Lunatic asylums Madras 1877-1891 - 1877-1891
Year: 1877
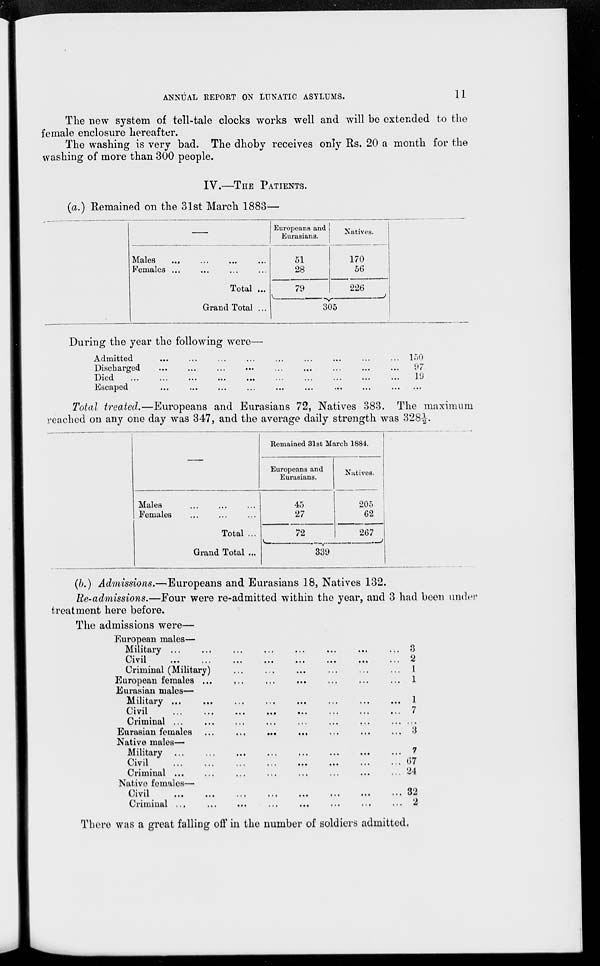
ANNUAL REPORT ON LUNATIC ASYLUMS.
11
The new system of tell-tale clocks works well and will be extended to the
female enclosure hereafter.
The washing is very bad. The dhoby receives only Rs. 20 a month for the
washing of more than 300 people.
IV.—THE PATIENTS.
(a.) Remained on the 31st March 1883—
—
Males
...
Females ...
Total ...
Grand Total ...
Europeans and
Eurasians.
51
28
79
Natives.
170
56
226
305
During the year the following were—
Admitted ... ... ... ... ... ... ...
Discharged
...
...
...
...
... ... ... ...
Died ... ... ... ... ... ... ... ...
Escaped
...
...
...
...
...
...
...
...
150
97
19
...
Total treated.—Europeans and Eurasians 72, Natives 383. The maximum
reached on any one day was 347, and the average daily strength was 328 ½.
—
Males
...
...
...
Females... ... ...
Total ...
Grand Total ...
Remained 31st March 1884.
Europeans and
Eurasians.
45
27
72
Natives.
205
62
267
339
(b.) Admissions.—Europeans and Eurasians 18, Natives 132.
Re-admissions.—Four were re-admitted within the year, and 3 had been under
treatment here before.
The admissions were—
European males—
Military
...
...
...
...
...
...
...
...
...
Civil ... ... ... ... ... ... ... ... ...
Criminal (Military) ... ... ... ... ... ... ... ...
European females ... ... ... ... ... ... ... ...
Eurasian males—
Military
...
...
...
...
... ... ... ...
Civil
...
...
...
...
...
Criminal ...
...
...
...
...
...
... ... ...
Eurasian females ... ... ... ... ... ... ... ...
Native males—
Military
...
...
...
...
...
...
...
...
...
Civil ... ... ... ... ... ... ... ...
Criminal ...
...
...
...
... ... ... ...
Native females—
Civil
...
...
...
...
... ... ...
Criminal...
...
...
...
...
...
...
...
...
3
2
1
1
1
7
...
3
7
67
24
32
2
There was a great falling off in the number of soldiers admitted.